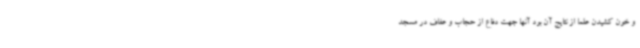
و خون کشیدن علما از نتایج آن بود آنها جهت دفاع از حجاب و عفاف در مسجد